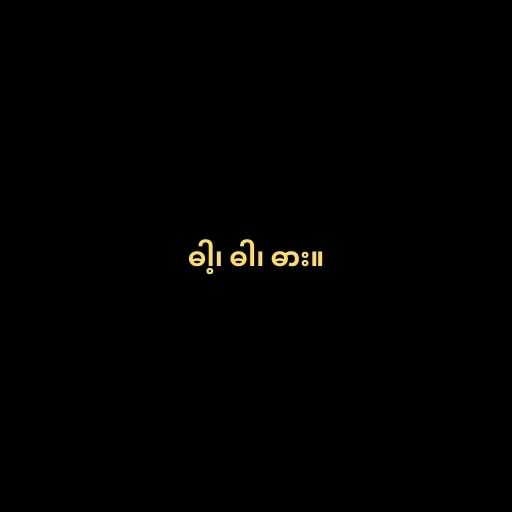
ဓါ့၊ ဓါ၊ ဓား။